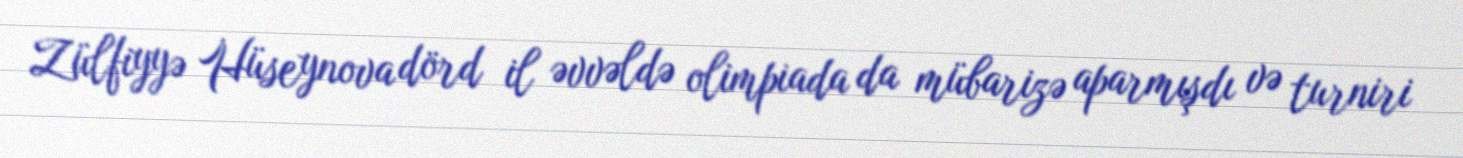
Zülfiyyə Hüseynova dörd il əvvəldə olimpiada da mübarizə aparmışdı və turniri